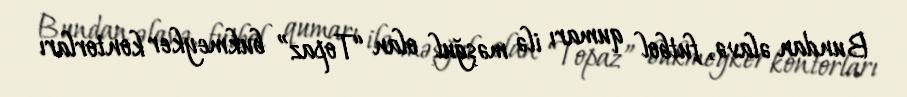
Bundan əlavə, futbol qumarı ilə məşğul olan “Topaz” bukmeyker kontorları